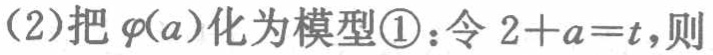
(2)把\(\varphi(a)\)化为模型\textcircled{1}：令\(2 + a = t\)，则